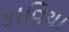
કાવિયા